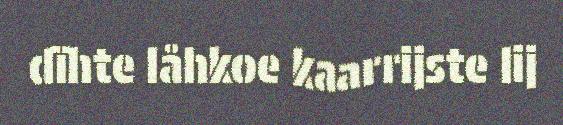
dïhte låhkoe kaarrijste lij